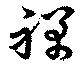
禅